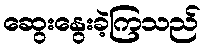
ဆွေးနွေးခဲ့ကြသည်